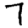
Digit: 7